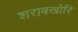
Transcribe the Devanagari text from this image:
शराबखोरि